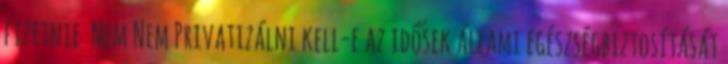
fizetnie Nem Nem Privatizálni kell-e az idősek állami egészségbiztosítását